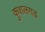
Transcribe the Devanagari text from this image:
कुशलगढ